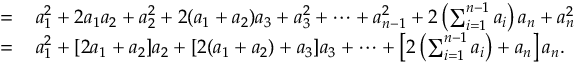
\begin{array} { r l } { = } & { { } \, a _ { 1 } ^ { 2 } + 2 a _ { 1 } a _ { 2 } + a _ { 2 } ^ { 2 } + 2 ( a _ { 1 } + a _ { 2 } ) a _ { 3 } + a _ { 3 } ^ { 2 } + \dotsb + a _ { n - 1 } ^ { 2 } + 2 \left( \sum _ { i = 1 } ^ { n - 1 } a _ { i } \right) a _ { n } + a _ { n } ^ { 2 } } \\ { = } & { { } \, a _ { 1 } ^ { 2 } + [ 2 a _ { 1 } + a _ { 2 } ] a _ { 2 } + [ 2 ( a _ { 1 } + a _ { 2 } ) + a _ { 3 } ] a _ { 3 } + \dotsb + \left[ 2 \left( \sum _ { i = 1 } ^ { n - 1 } a _ { i } \right) + a _ { n } \right] a _ { n } . } \end{array}